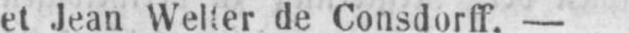
et Jean Welter de Consdorff. -